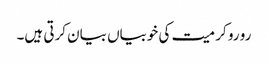
رو رو کر میت کی خوبیاں بیان کرتی ہیں۔